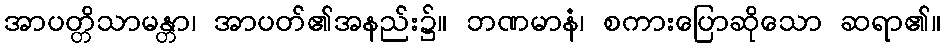
အာပတ္တိသာမန္တာ၊ အာပတ်၏အနည်း၌။ ဘဏမာနံ၊ စကားပြောဆိုသော ဆရာ၏။